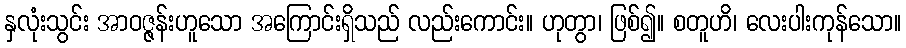
နှလုံးသွင်း အာဝဇ္ဇန်းဟူသော အကြောင်းရှိသည် လည်းကောင်း။ ဟုတွာ၊ ဖြစ်၍။ စတူဟိ၊ လေးပါးကုန်သော။